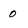
Character: 0